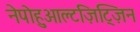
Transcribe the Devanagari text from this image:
नेपोहुआल्टज़िट्ज़िन